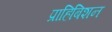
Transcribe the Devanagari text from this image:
प्राहिबिशन